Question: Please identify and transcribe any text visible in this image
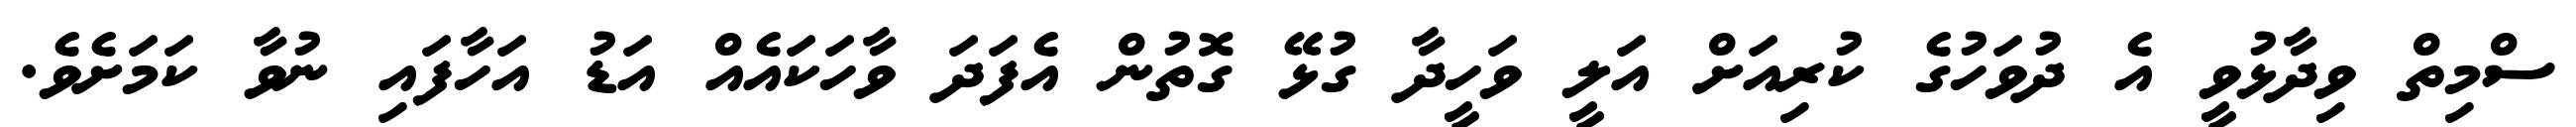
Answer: ސްމިތް ވިދާޅުވީ އެ ދުވަހުގެ ކުރިއަށް އަލީ ވަހީދާ ގުޅޭ ގޮތުން އެފަދަ ވާހަކައެއް އަޑު އަހާފައި ނުވާ ކަމަށެވެ.